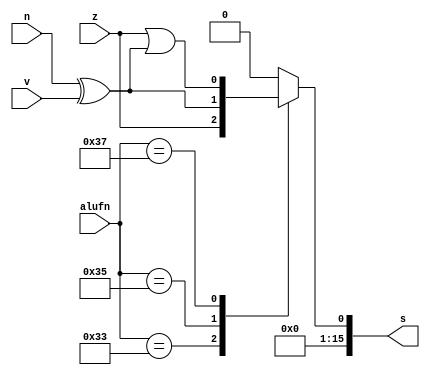
/*
   This file was generated automatically by Alchitry Labs version 1.2.1.
   Do not edit this file directly. Instead edit the original Lucid source.
   This is a temporary file and any changes made to it will be destroyed.
*/

module compare_17 (
    input z,
    input v,
    input n,
    input [5:0] alufn,
    output reg [15:0] s
  );
  
  
  
  always @* begin
    
    case (alufn)
      6'h33: begin
        s = z;
      end
      6'h35: begin
        s = n ^ v;
      end
      6'h37: begin
        s = z | (n ^ v);
      end
      default: begin
        s = 16'h0000;
      end
    endcase
  end
endmodule